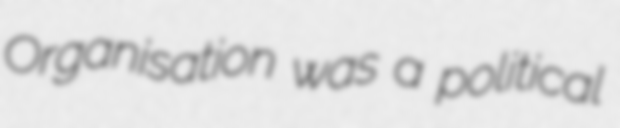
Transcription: Organisation was a political